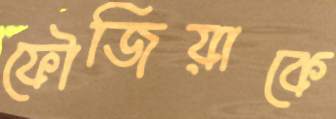
ফৌজিয়াকে